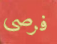
فرصي